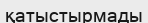
қатыстырмады